Annual report of the Camel Specialist
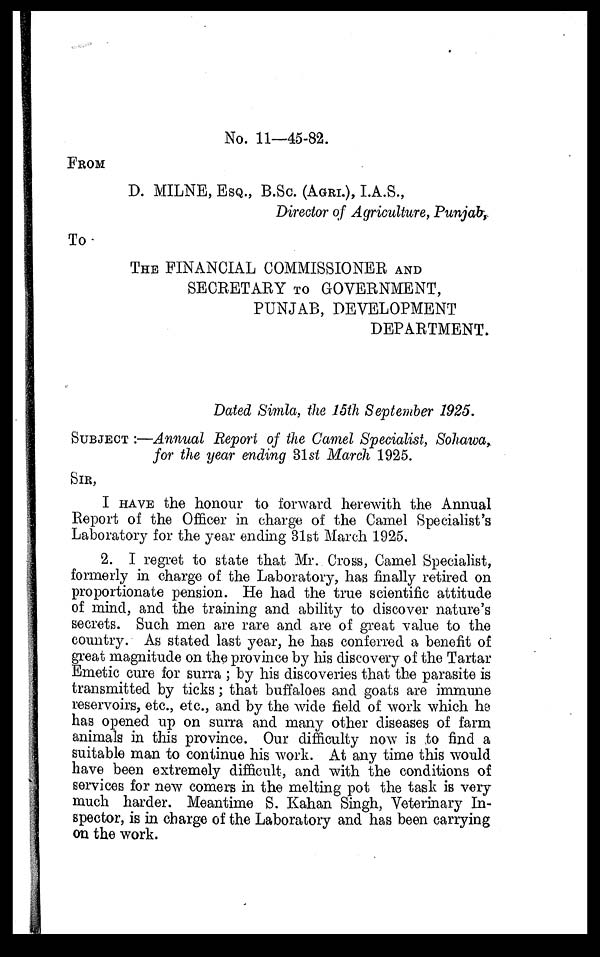
No. 11—45-82.
FROM
D. MILNE, ESQ., B.SC. (AGRI.), I.A.S.,
Director of Agriculture, Punjab,
To
THE FINANCIAL COMMISSIONER AND
SECRETARY TO GOVERNMENT,
PUNJAB, DEVELOPMENT
DEPARTMENT.
Dated Simla, the 15th September 1925.
SUBJECT :—Annual Report of the Camel Specialist, Sohawa,
for the year ending 31st March 1925.
SIR,
I HAVE the honour to forward herewith the Annual
Report of the Officer in charge of the Camel Specialist's
Laboratory for the year ending 31st March 1925.
2. I regret to state that Mr. Cross, Camel Specialist,
formerly in charge of the Laboratory, has finally retired on
proportionate pension. He had the true scientific attitude
of mind, and the training and ability to discover nature's
secrets. Such men are rare and are of great value to the
country. As stated last year, he has conferred a benefit of
great magnitude on the province by his discovery of the Tartar
Emetic cure for surra ; by his discoveries that the parasite is
transmitted by ticks ; that buffaloes and goats are immune
reservoirs, etc., etc., and by the wide field of work which he
has opened up on surra and many other diseases of farm
animals in this province. Our difficulty now is to find a
suitable man to continue his work. At any time this would
have been extremely difficult, and with the conditions of
services for new comers in the melting pot the task is very
much harder. Meantime S. Kahan Singh, Veterinary In-
spector, is in charge of the Laboratory and has been carrying
on the work.